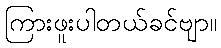
ကြားဖူးပါတယ်ခင်ဗျာ။